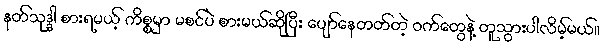
နတ်သုဒ္ဒါ စားရမယ့် ကိစ္စမှာ မစင်ပဲ စားမယ်ဆိုပြီး ပျော်နေတတ်တဲ့ ဝက်တွေနဲ့ တူသွားပါလိမ့်မယ်။